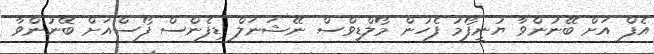
އެފް އަށް ބޭނުންވާ ޔުނީފޯމު ފެހުން މޯލްޑިވްސް ނޭޝަނަލް ޑިފެންސް ފޯސްއަށް ބޭނުންވާ